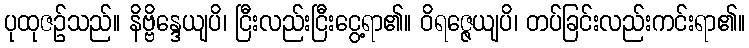
ပုထုဇဉ်သည်။ နိဗ္ဗိန္ဒေယျပိ၊ ငြီးလည်းငြီးငွေ့ရာ၏။ ဝိရဇ္ဇေယျပိ၊ တပ်ခြင်းလည်းကင်းရာ၏။